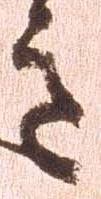
意